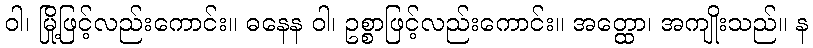
ဝါ၊ မြို့ဖြင့်လည်းကောင်း။ ဓနေန ဝါ၊ ဥစ္စာဖြင့်လည်းကောင်း။ အတ္ထော၊ အကျိုးသည်။ န